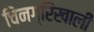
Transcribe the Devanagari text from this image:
चिनग्रिखाली